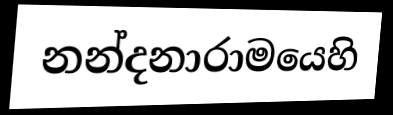
නන්දනාරාමයෙහි